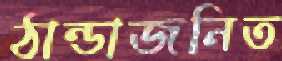
ঠান্ডাজনিত